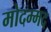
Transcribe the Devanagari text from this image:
मोदम्मद